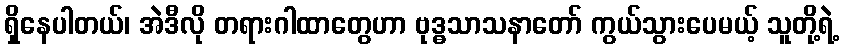
ရှိနေပါတယ်၊ အဲဒီလို တရားဂါထာတွေဟာ ဗုဒ္ဓသာသနာတော် ကွယ်သွားပေမယ့် သူတို့ရဲ့